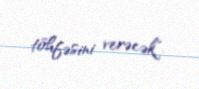
töhfəsini verəcək".